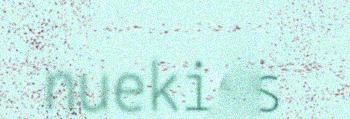
nuekies